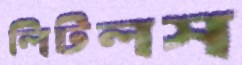
লিটলস